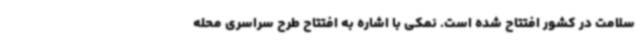
سلامت در کشور افتتاح شده است. نمکی با اشاره به افتتاح طرح سراسری محله